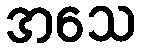
အသေ